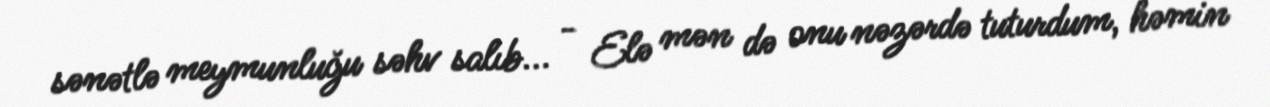
sənətlə meymunluğu səhv salıb... - Elə mən də onu nəzərdə tuturdum, həmin